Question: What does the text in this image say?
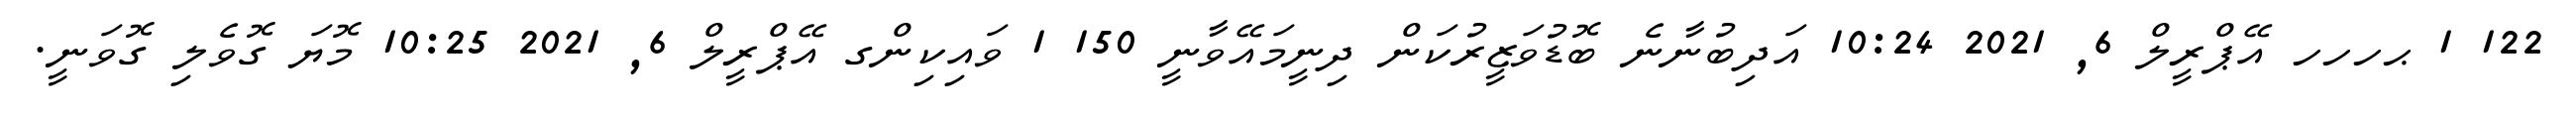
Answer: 122 1 ޙހހހ އޭޕްރީލް 6, 2021 10:24 އަދިބުނާނެ ބޮޑުވަޒީރުކަން ދިނީމައޭވާނީ 150 1 ވައިކިންގ އޭޕްރީލް 6, 2021 10:25 މޮޔަ ގޮވެލި ގޮވަނީ.